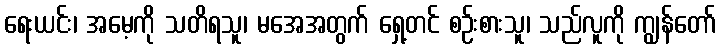
ရေးယင်း၊ အမေ့ကို သတိရသူ၊ မအေအတွက် ရှေ့တင် စဉ်းစားသူ၊ သည်လူကို ကျွန်တော်